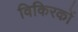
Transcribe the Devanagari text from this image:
विकिरकों